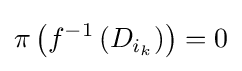
\pi \left(f^{-1}\left(D_{i_{k}}\right)\right)=0